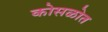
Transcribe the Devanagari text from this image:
कोसळोत